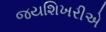
જયશિખરીએ